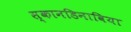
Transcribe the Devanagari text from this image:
स्कानडिनाविया